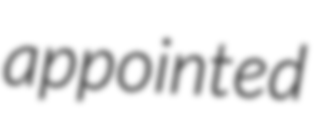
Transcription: appointed